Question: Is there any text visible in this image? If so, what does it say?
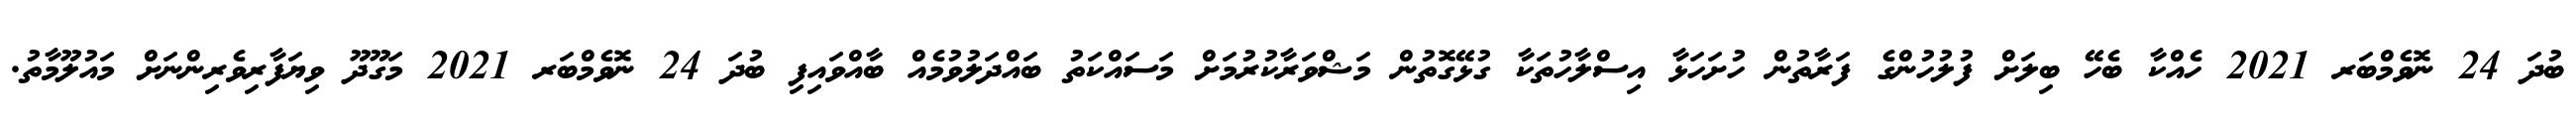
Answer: ބުދަ 24 ނޮވެމްބަރ 2021 ހެއްކާ ބެހޭ ބިލަށް ފުލުހުންގެ ފަރާތުން ހުށަހަޅާ އިސްލާހުތަކާ ގުޅޭގޮތުން މަޝްވަރާކުރުމަށް މަސައްކަތު ބައްދަލުވުމެއް ބާއްވައިފި ބުދަ 24 ނޮވެމްބަރ 2021 މަގޫދޫ ވިޔަފާރިވެރިންނަށް މައުލޫމާތު.